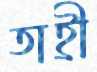
তাহ্রী